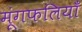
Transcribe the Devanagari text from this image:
मूंगफलियाँ